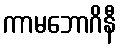
ကာမဘောဂိနီ